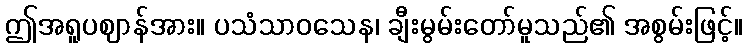
ဤအရူပဈာန်အား။ ပသံသာဝသေန၊ ချီးမွမ်းတော်မူသည်၏ အစွမ်းဖြင့်။